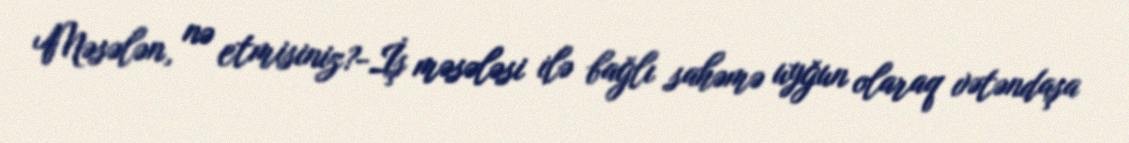
Məsələn, nə etmisiniz?-İş məsələsi ilə bağlı sahəmə uyğun olaraq vətəndaşa